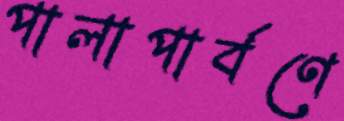
পালাপার্বণে